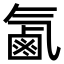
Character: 㲶